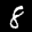
Label: 8